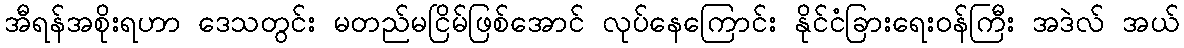
အီရန်အစိုးရဟာ ဒေသတွင်း မတည်မငြိမ်ဖြစ်အောင် လုပ်နေကြောင်း နိုင်ငံခြားရေးဝန်ကြီး အဒဲလ် အယ်